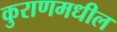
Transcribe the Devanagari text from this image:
कुराणमधील